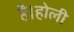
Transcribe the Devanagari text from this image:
है।होली